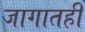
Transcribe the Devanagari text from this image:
जागातही